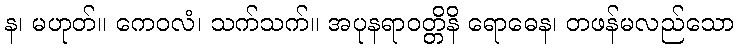
န၊ မဟုတ်။ ကေဝလံ၊ သက်သက်။ အပုနရာဝတ္တိနိ ရောဓေန၊ တဖန်မလည်သော